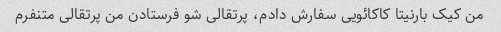
من کیک بارنیتا کاکائویی سفارش دادم، پرتقالی شو فرستادن من پرتقالی متنفرم